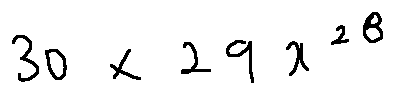
3 0 \times 2 9 x ^ { 2 8 }